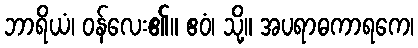
ဘာရိယံ၊ ဝန်လေး၏။ ဧဝံ၊ သို့။ အပရာဓကာရကေ၊